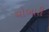
ચોબારી